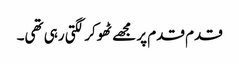
قدم قدم پر مجھے ٹھوکر لگتی رہی تھی۔